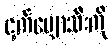
ငှက်ပျောသီးကို